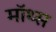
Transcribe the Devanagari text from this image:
मॉथ्स